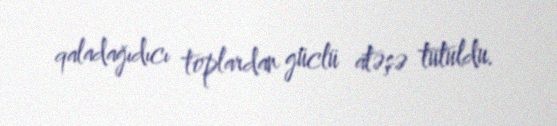
qaladağıdıcı toplardan güclü atəşə tutuldu.